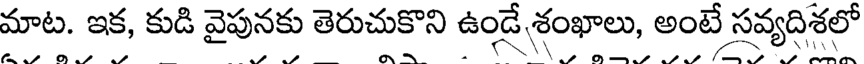
మాట. ఇక, కుడి వైపునకు తెరుచుకొని ఉండే శంఖాలు, అంటే సవ్యదిశలో